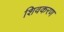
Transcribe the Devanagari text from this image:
शिवकरण